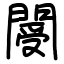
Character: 閿